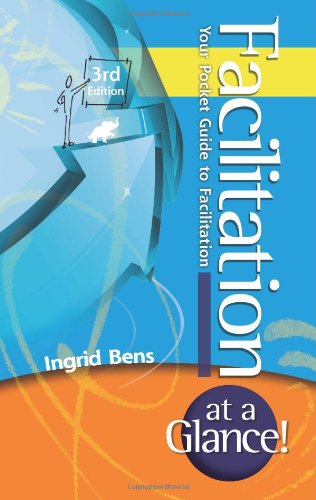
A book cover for Facilitation at a Glance!: Your Pocket Guide to Facilitation (Memory Jogger); Ingrid Bens; Medical Books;